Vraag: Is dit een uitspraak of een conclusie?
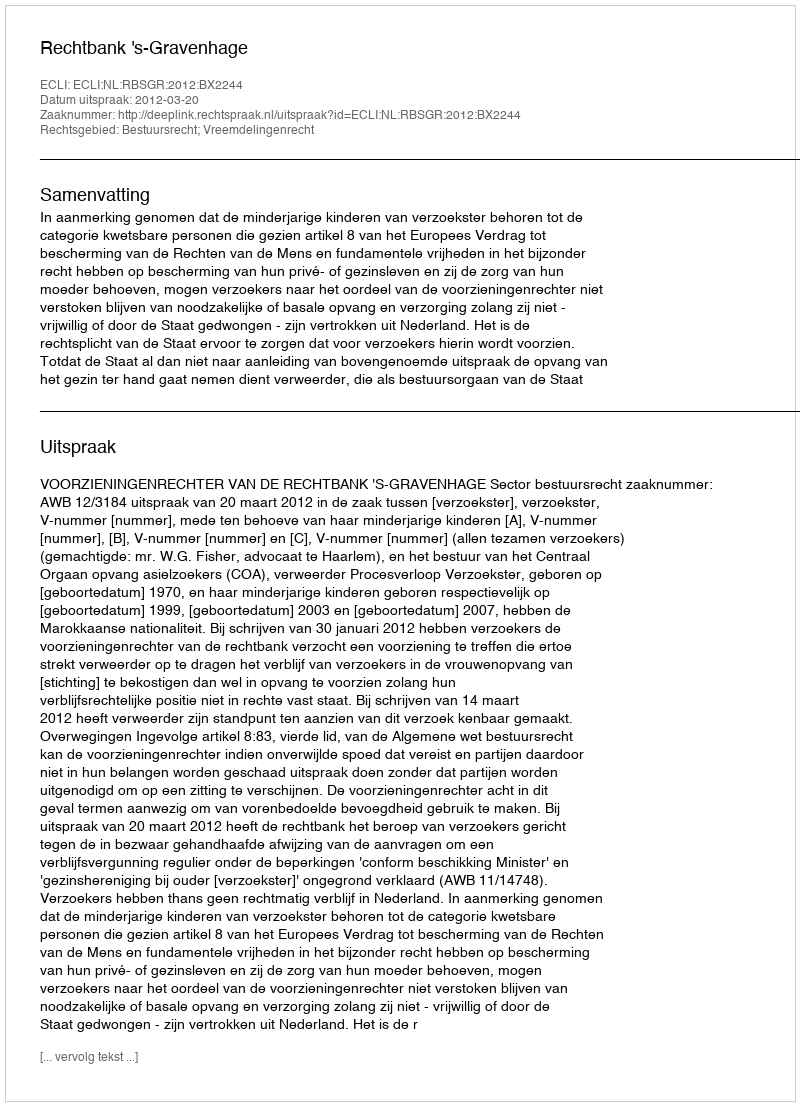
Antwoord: Uitspraak